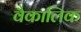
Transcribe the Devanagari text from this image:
वैकालिक